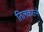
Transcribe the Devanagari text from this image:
तिलकरत्‍ने